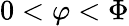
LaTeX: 0<\varphi<\Phi